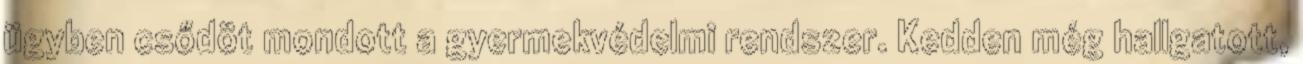
ügyben csődöt mondott a gyermekvédelmi rendszer. Kedden még hallgatott,